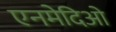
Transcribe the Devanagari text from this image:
एनमेदिओ